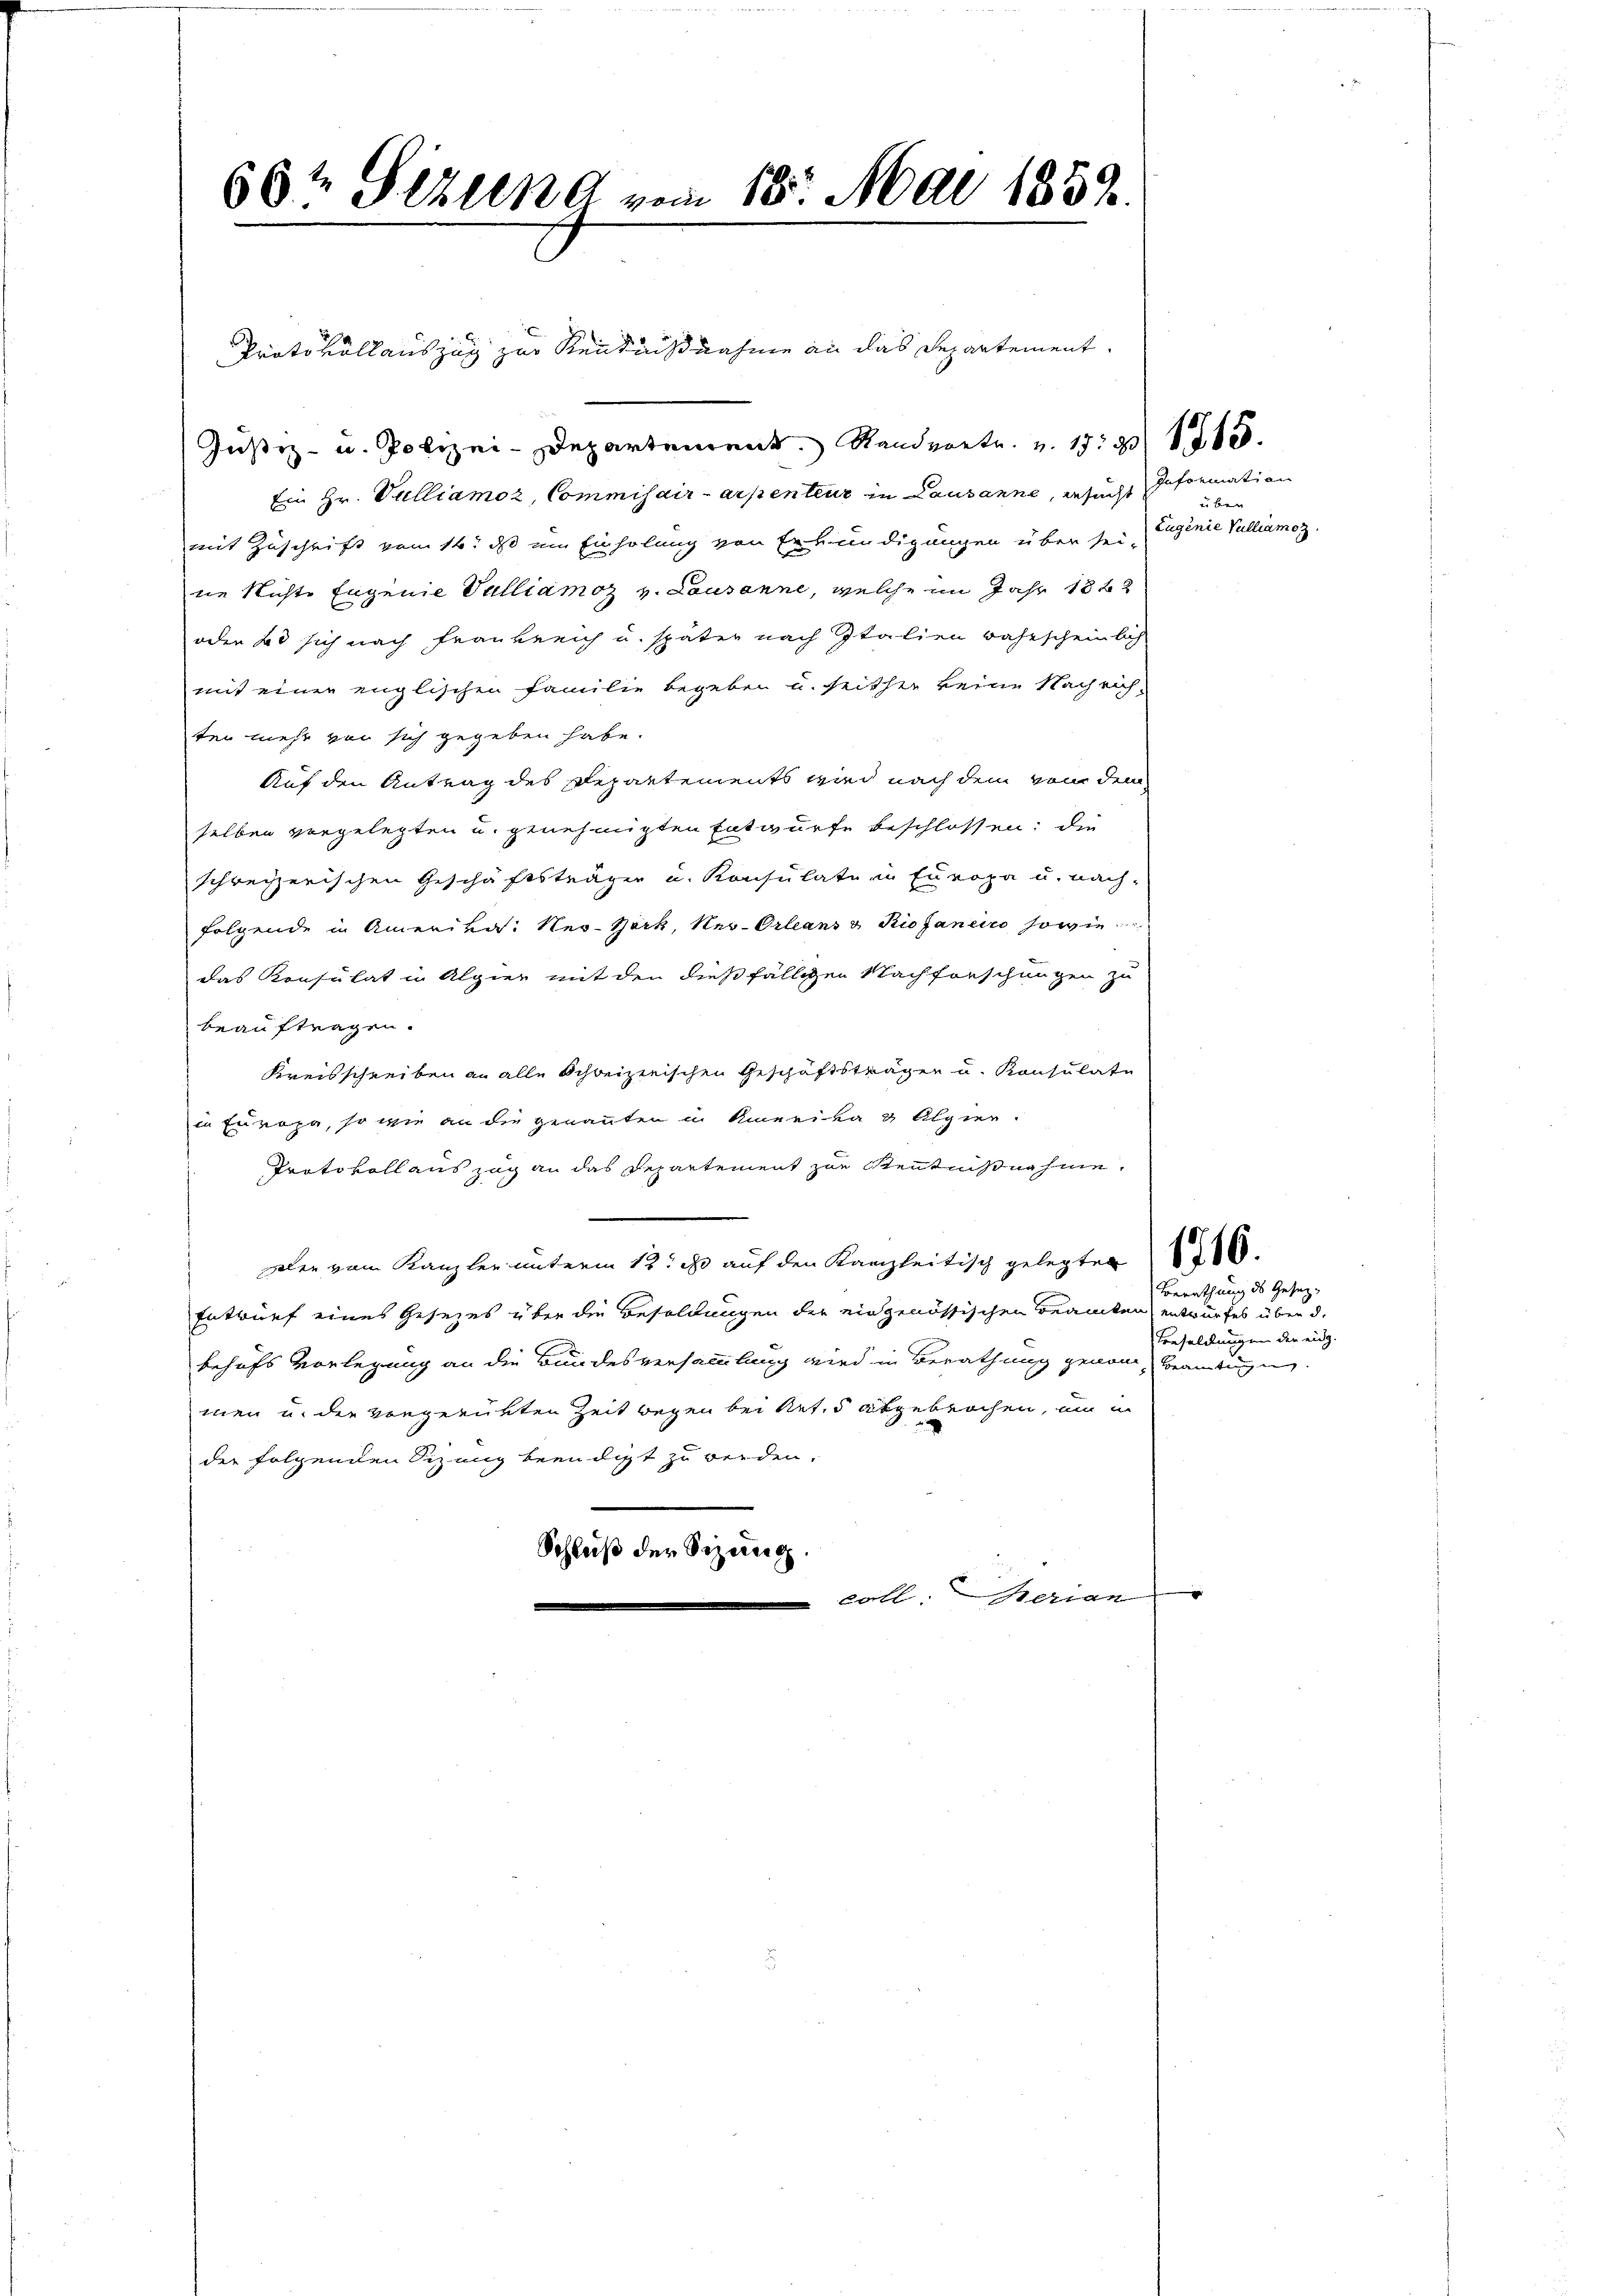
Protokoll auszug zur Renntnißnahme an das Departement
Justiz- u. Polizei-Departement Randvertr. v. 1891
Ein Hr. Vulliamoz, Commisair-arpenteur in Lausanne, ersucht Information
mit Zuschrift vom 14. ds um Einholung von Erkundigungen über sei-
ne Nichte Eugenie Vullianoz v. Lausanne, welche im Jahr 1822
oder 20 sich nach Frankreich u. später nach Italien wahrscheinlich
mit einer englischen Familie begeben u. seither keine Nachrich-
ten mehr von sich gegeben habe.
Auf den Antrag des Departements wird nach dem von dem
selben vorgelegten u. genehmigten Entwurfe beschlossen; die
schreizerischen Geschäftsträger u. Konsulate in Europa u. nach-
folgende in Amerikas: Ner-Bork, Neu-Orleans v. Riofanein sowie
das Konsulat in Alpier mit den dießfälligen Nachforschungen zu
beauftragen.
Kreisschreiben an alle Schreizerischen Geschäftsträger u. Konsulate
in Europa, so wie an die genannten in Amerika 3 Algier-
Protokoll auszug an das Departement zur Kenntnißnahme,
zalen vom Kanzler unterm 12. es auf den Kanzleitisch gelegter § 86.
Entwurf eines Gesezes über die Besoldungen der eingenössischen Beamten entwurfes über d.
behufs Vorlegung an die Bundesversammlung wird in Berathung genom-Beamtungunmen u. der vorgerükten Zeit wegen bei Ret.5 abgebrochen, um in
der folgenden Sizung beendigt zu werden.
Schluß der Sitzung.
 Collerien

60t Sekung vom 18. Mai 1859.

uben
Luginie Vulliamoz

Berathung des Gesetz-
Besoldungen der eidg.